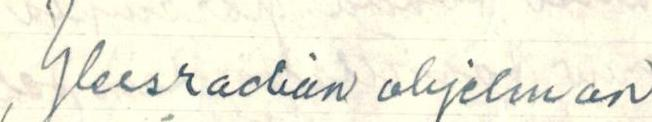
Yleisradion ohjelman